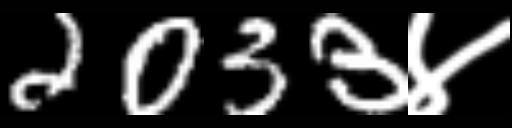
Text: 2033४